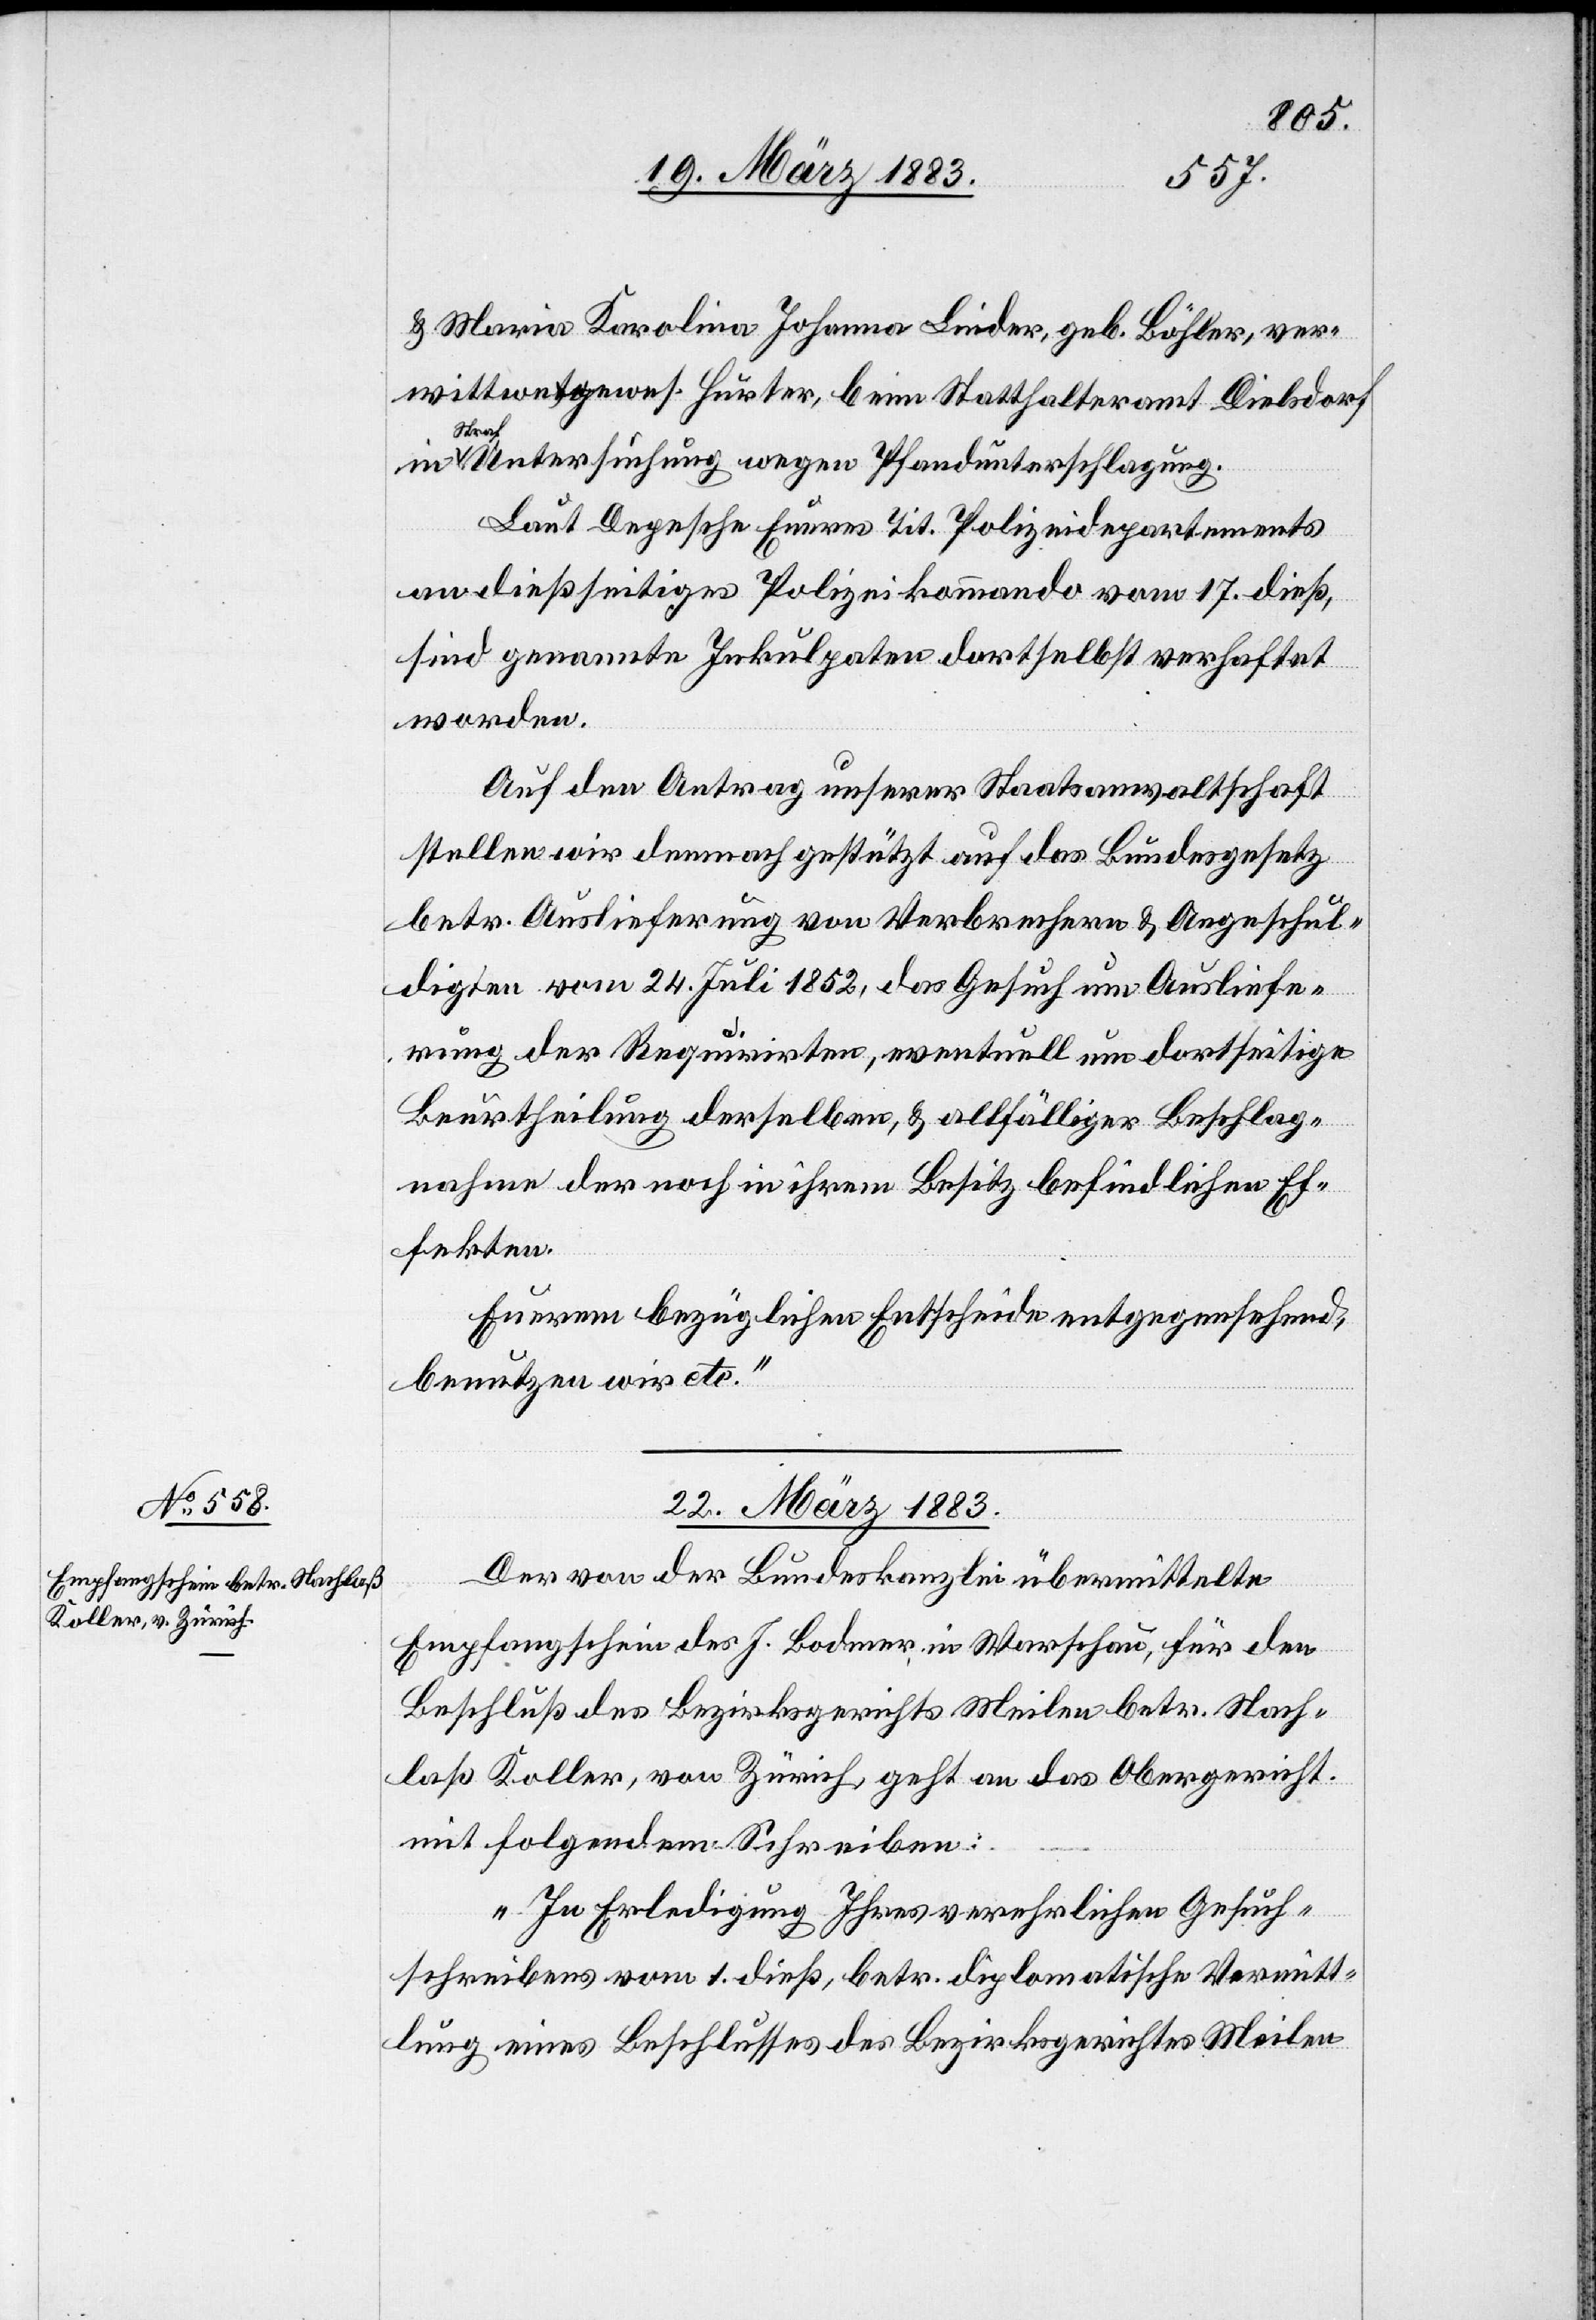
& Maria Karolina Johanna [sic!] Linder, geb. Böhler, ver¬
wittwet gewes. Hurter, beim Statthalteramt Dielsdorf
Straf¬
untersuchung wegen Pfandunterschlagung.
Laut Depesche Eueres Tit. Polizeidepartements
an dießseitiges Polizeikommando vom 17. dieß,
sind genannte Inkulpaten dortselbst verhaftet
worden.
Auf den Antrag unserer Staatsanwaltschaft
stellen wir demnach gestützt auf das Bundesgesetz
betr. Auslieferung von Verbrechern & Angeschul¬
digten vom 24. Juli 1852, das Gesuch um Ausliefe¬
rung der Requirirten, eventuell um dortseitige
Beurtheilung derselben, & allfälliger Beschlag¬
nahme der noch in ihrem Besitz befindlichen Ef¬
fekten.
Euerem bezüglichen Entscheide entgegensehend,
benutzen wir etc.“
22. März 1883.
Der von der Bundeskanzlei übermittelte
Empfangschein des J. [sic!] Bodmer, in Warschau, für den
Beschluß des Bezirksgerichts Meilen betr. Nach¬
laß Koller, von Zürich, geht an das Obergericht
mit folgendem Schreiben:
„In Erledigung Ihres verehrlichen Gesuch¬
schreibens vom 1. dieß, betr. diplomatische Vermitt¬
lung eines Beschlusses des Bezirksgerichtes Meilen

in